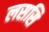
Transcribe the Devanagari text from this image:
लससि